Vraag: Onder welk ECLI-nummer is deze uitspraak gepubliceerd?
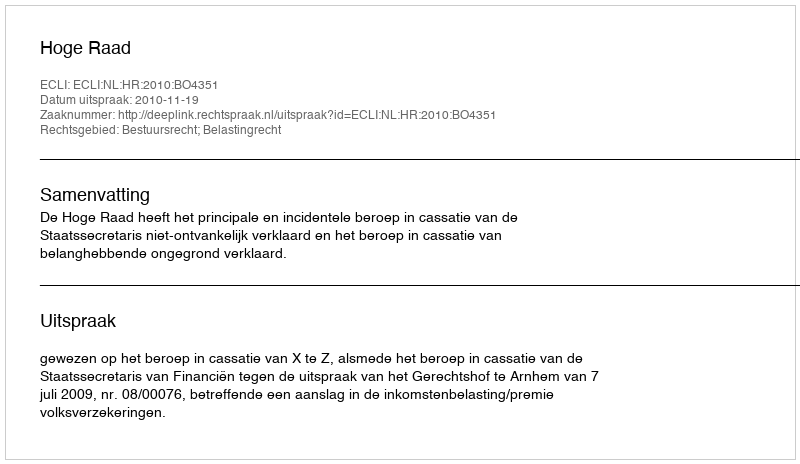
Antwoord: ECLI:NL:HR:2010:BO4351